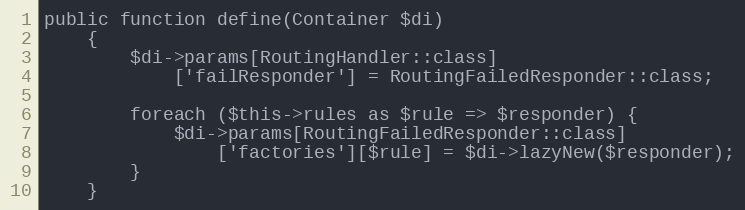
Language: PHP
public function define(Container $di)
    {
        $di->params[RoutingHandler::class]
            ['failResponder'] = RoutingFailedResponder::class;

        foreach ($this->rules as $rule => $responder) {
            $di->params[RoutingFailedResponder::class]
                ['factories'][$rule] = $di->lazyNew($responder);
        }
    }